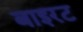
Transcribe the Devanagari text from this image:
बाइरट